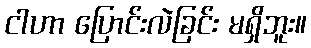
ငါဟာ ပြောင်းလဲခြင်း မရှိဘူး။